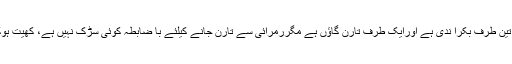
رمرائی گاؤں کے تین طرف بکرا ندی ہے اورایک طرف تارن گاؤں ہے مگررمرائی سے تارن جانے کیلئے با ضابطہ کوئی سڑک نہیں ہے، کھیت ہوکر آنا جانا ہوتاہے۔